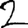
Digit: 2